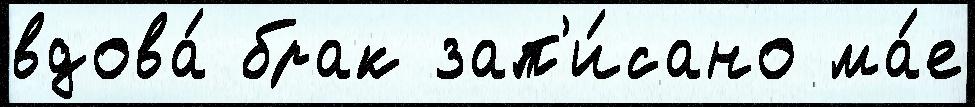
вдова́ брак зап'и́сано ма́е